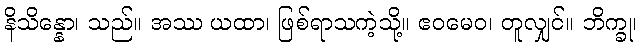
နိသိန္နော၊ သည်။ အဿ ယထာ၊ ဖြစ်ရာသကဲ့သို့။ ဧဝမေဝ၊ တူလျှင်။ ဘိက္ခု၊